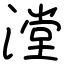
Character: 漟